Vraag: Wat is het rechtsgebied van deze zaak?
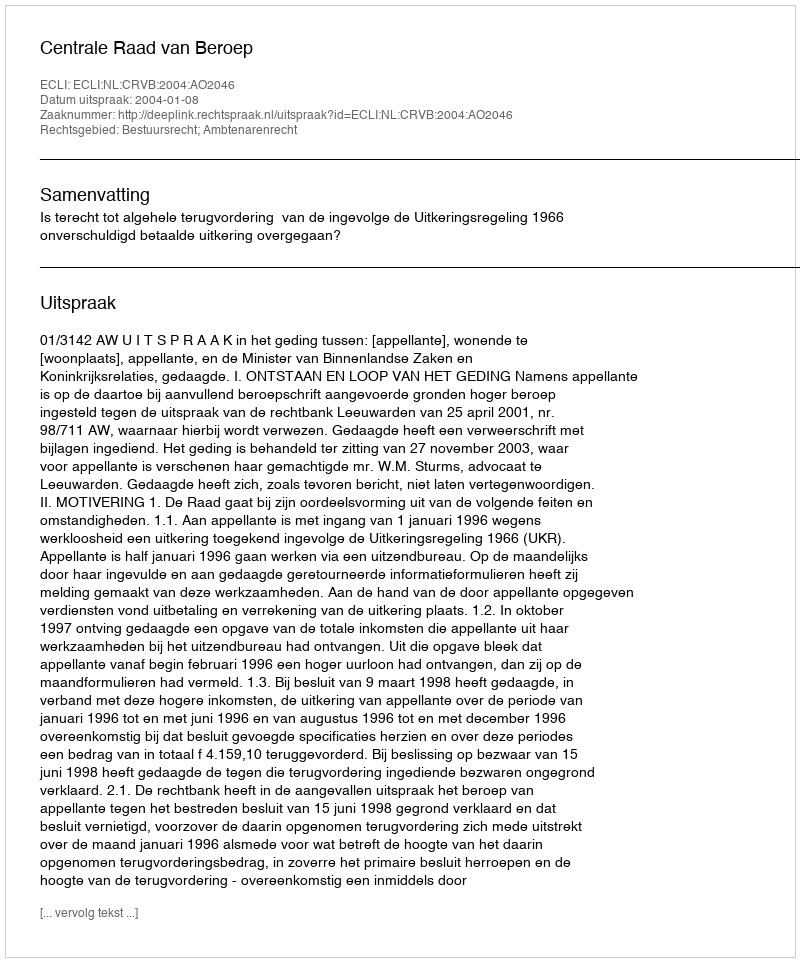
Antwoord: Bestuursrecht; Ambtenarenrecht